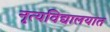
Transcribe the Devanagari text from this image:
नृत्यविद्यालयात